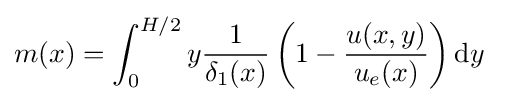
m(x)=\int _{0}^{H/2}{y{1 \over \delta _{1}(x)}\left(1-{u(x,y) \over u_{e}(x)}\right)\mathrm {d} y}\quad